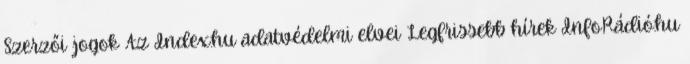
Szerzői jogok Az Index.hu adatvédelmi elvei Legfrissebb hírek InfoRádió.hu